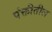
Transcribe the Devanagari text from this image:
पंक्तीतील